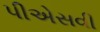
પીએસવી